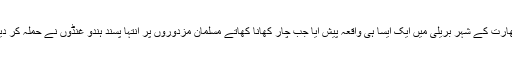
بھارت کے شہر بریلی میں ایک ایسا ہی واقعہ پیش آیا جب چار کھانا کھاتے مسلمان مزدوروں پر انتہا پسند ہندو غنڈوں نے حملہ کر دیا۔